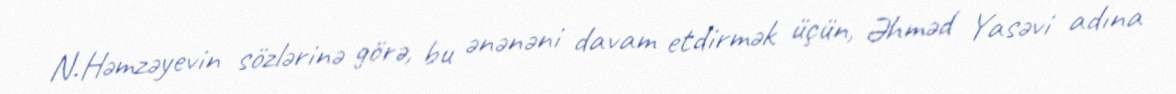
N.Həmzəyevin sözlərinə görə, bu ənənəni davam etdirmək üçün, Əhməd Yasəvi adına